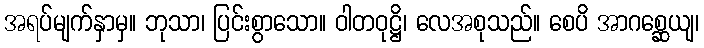
အရပ်မျက်နှာမှ။ ဘုသာ၊ ပြင်းစွာသော။ ဝါတဝုဋ္ဌိ၊ လေအစုသည်။ စေပိ အာဂစ္ဆေယျ၊